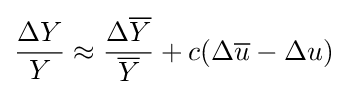
{\frac {\Delta Y}{Y}}\approx {\frac {\Delta {\overline {Y}}}{\overline {Y}}}+c(\Delta {\overline {u}}-\Delta u)